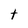
Character: t